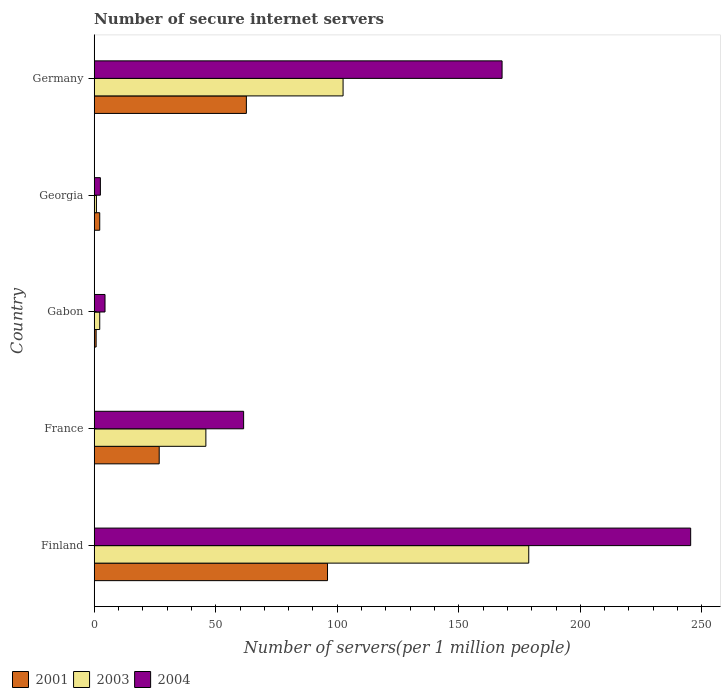
| Country | 2001 | 2003 | 2004 |
 | --- | --- | --- | --- |
 | Finland | 96 | 179 | 245 |
 | France | 26.7 | 45.9 | 61.5 |
 | Gabon | 0.793 | 2.28 | 4.45 |
 | Georgia | 2.28 | 0.924 | 2.55 |
 | Germany | 62.6 | 102 | 168 |